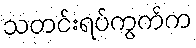
သတင်းရပ်ကွက်က